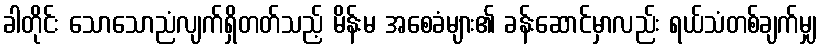
ခါတိုင်း သောသောညံလျက်ရှိတတ်သည့် မိန်းမ အစေခံများ၏ ခန်းဆောင်မှာလည်း ရယ်သံတစ်ချက်မျှ